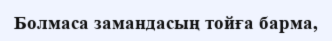
Болмаса замандасың тойға барма,